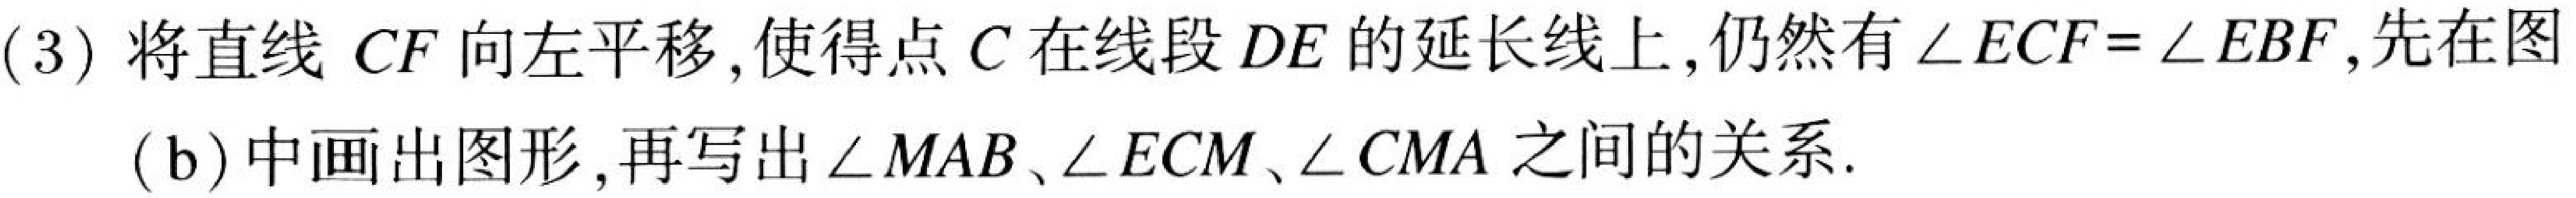
(3) 将直线 \(CF\) 向左平移，使得点 \(C\) 在线段 \(DE\) 的延长线上，仍然有 \(\angle ECF=\angle EBF\)，先在图
(b) 中画出图形，再写出 \(\angle MAB\)、\(\angle ECM\)、\(\angle CMA\) 之间的关系.